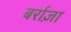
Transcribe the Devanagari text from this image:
बर्राज़ा